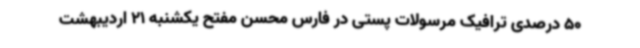
50 درصدی ترافیک مرسولات پستی در فارس محسن مفتح یکشنبه 21 اردیبهشت